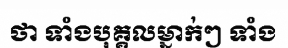
ថា ទាំងបុគ្គលម្នាក់ៗ ទាំង